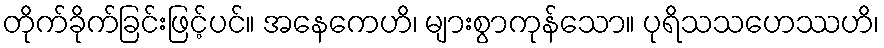
တိုက်ခိုက်ခြင်းဖြင့်ပင်။ အနေကေဟိ၊ များစွာကုန်သော။ ပုရိသသဟေဿဟိ၊